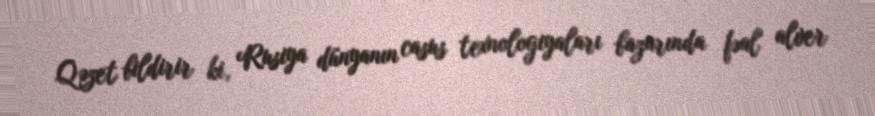
Qəzet bildirir ki, Rusiya dünyanın casus texnologiyaları bazarında fəal alver